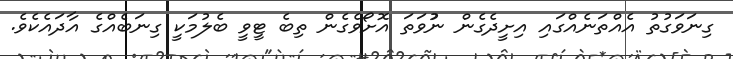
ގިނަވަގުތު އެއްތަނެއްގައި އިށީދެގެން ނުުވަތަ އޮށޯވެގެން ތިބެ ޓީވީ ބެލުމަކީ ގިނަބެއްގެ އާދައެކެވެ.